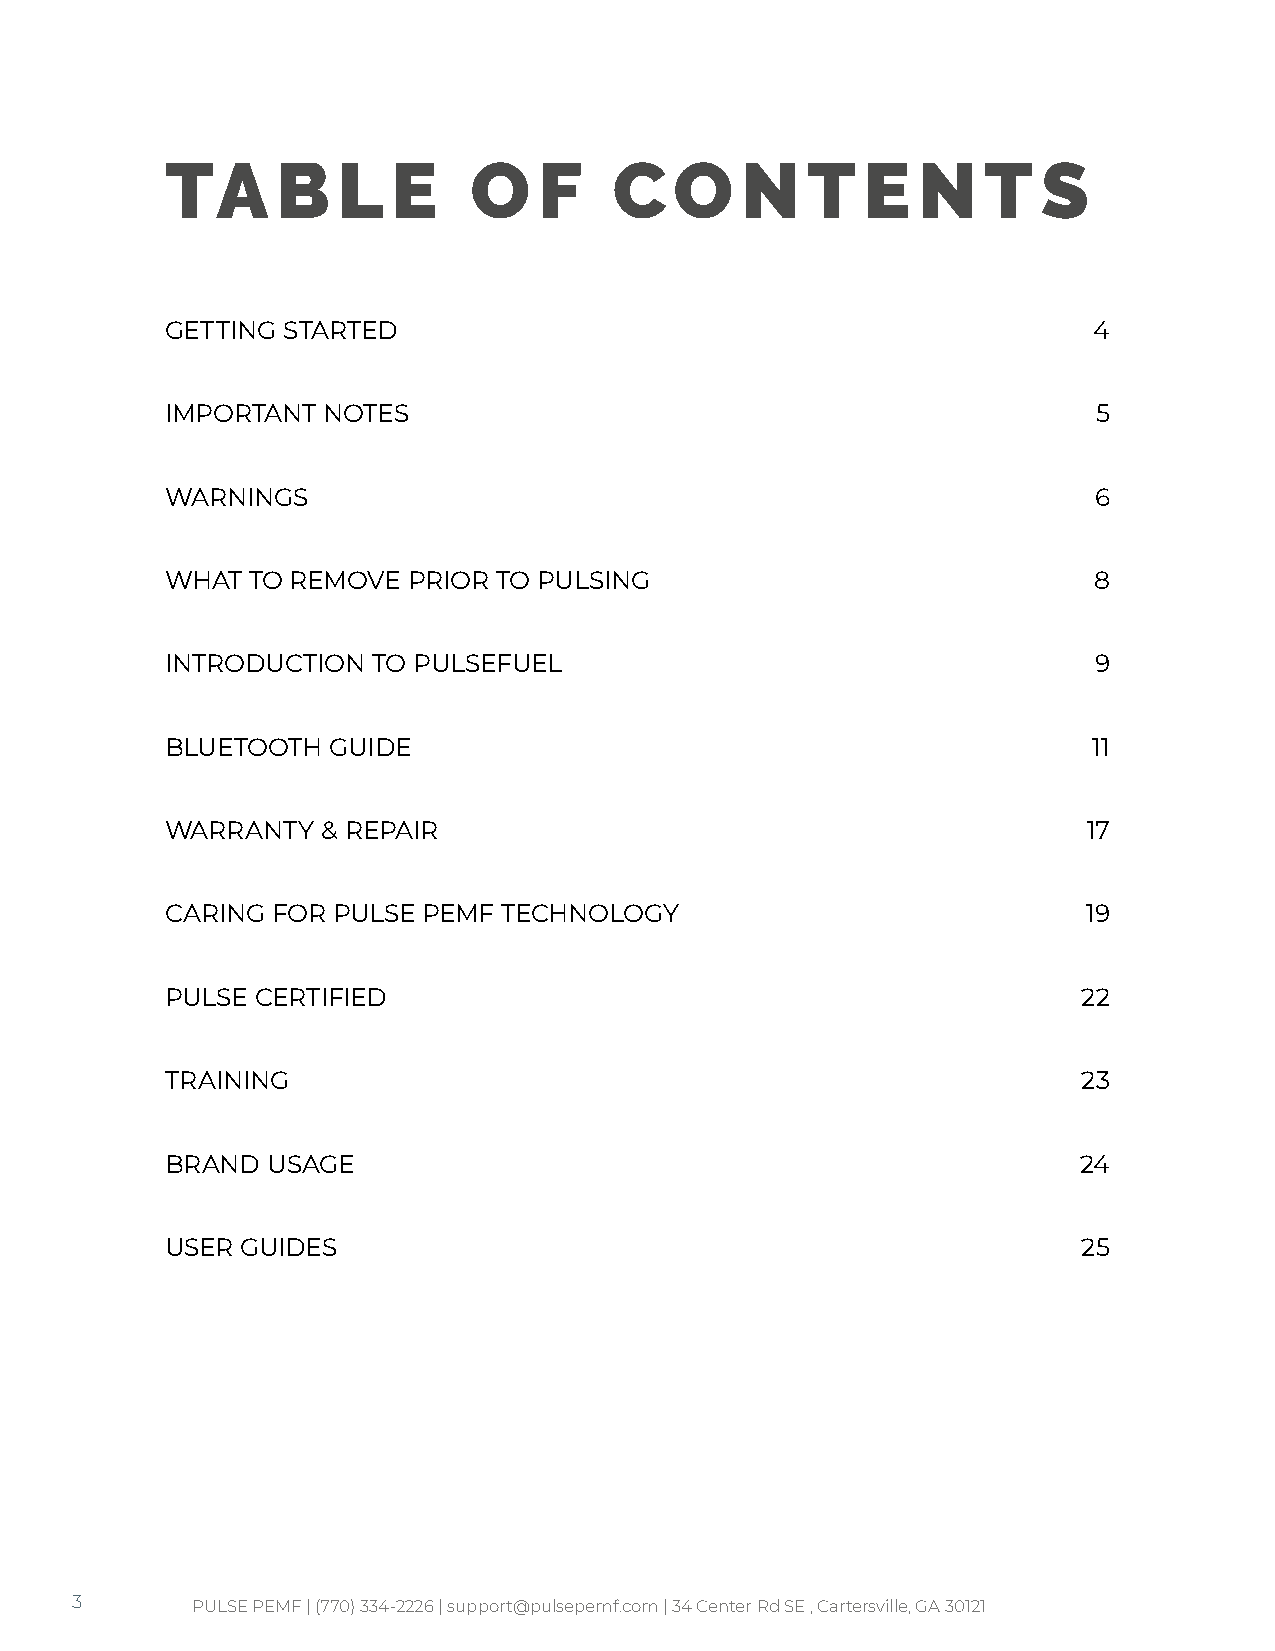
TA     B   L   E    O    F    C   O   N   T   E   N   T   S
 GETTING STARTED                                              4
 IMPORTANT NOTES                                               5
 WARNINGS                                                     6
 WHAT  TO REMOVE PRIOR TO PULSING                             8
 INTRODUCTION  TO PULSEFUEL                                   9
 BLUETOOTH  GUIDE                                             11
 WARRANTY  & REPAIR                                           17
 CARING FOR PULSE PEMF TECHNOLOGY                             19
 PULSE CERTIFIED                                              22
 TRAINING                                                     23
 BRAND  USAGE                                                 24
 USER GUIDES                                                  25
 3       PULSE PEMF | (770) 334-2226 | support@pulsepemf.com | 34 Center Rd SE , Cartersville, GA 30121